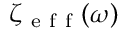
\zeta _ { \mathrm { ~ e ~ f ~ f ~ } } ( \omega )